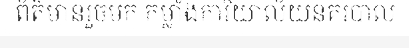
ព័ត៌មានរួចមក កម្លាំងការិយាល័យនគរបាល